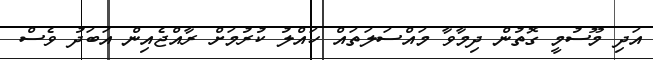
އަދި މޫސުމީ ގޮތުން ދިމާވާ މައްސަލަތައް ހައްލު ކުރުމަށް ރާއްޖެއިން އަބަދު ވެސް